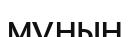
мұнын